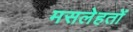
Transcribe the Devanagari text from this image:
मसलेहतों